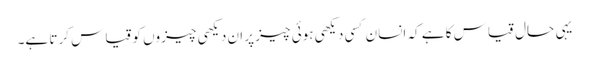
یہی حال قیاس کا ہے کہ انسان کسی دیکھی ہوئی چیز پر ان دیکھی چیزوں کو قیاس کرتا ہے۔